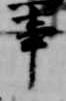
事